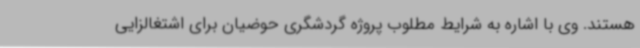
هستند. وی با اشاره به شرایط مطلوب پروژه گردشگری حوضیان برای اشتغالزایی